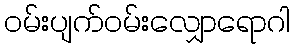
ဝမ်းပျက်ဝမ်းလျှောရောဂါ